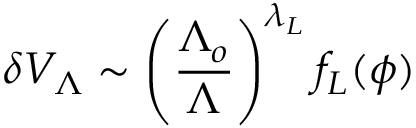
\delta V _ { \Lambda } \sim \left( \frac { \Lambda _ { o } } { \Lambda } \right) ^ { \lambda _ { L } } f _ { L } ( \phi )